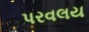
પરવલય